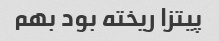
پیتزا ریخته بود بهم